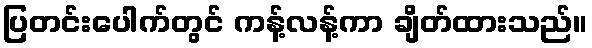
ပြတင်းပေါက်တွင် ကန့်လန့်ကာ ချိတ်ထားသည်။